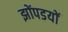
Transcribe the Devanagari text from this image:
झोंपडयों